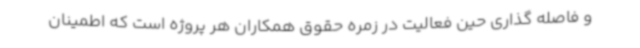
و فاصله گذاری حین فعالیت در زمره حقوق همکاران هر پروژه است که اطمینان